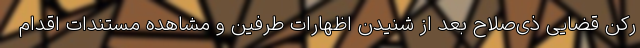
رکن قضایی ذی‌صلاح بعد از شنیدن اظهارات طرفین و مشاهده مستندات اقدام